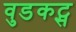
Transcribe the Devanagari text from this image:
वुडकट्स